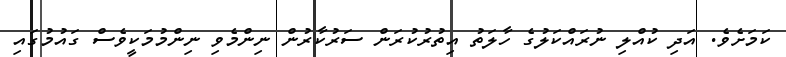
ކަމަށެވެ. އަދި ކުއްލި ނުރައްކަލުގެ ހާލަތު އިތުރުކުރަން ސަރުކާރުން ނިންމެވި ނިންމުމަކީވެސް ގައުމުގައި